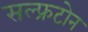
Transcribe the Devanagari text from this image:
सल्फ्रटोन